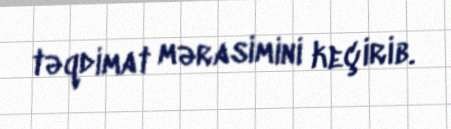
təqdimat mərasimini keçirib.